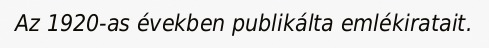
Az 1920-as években publikálta emlékiratait.